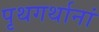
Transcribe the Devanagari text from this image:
पृथगर्थानां